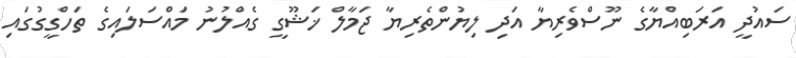
ސައުދީ އަރަބިއްޔާގެ ނޫސްވެރިޔާ އަދި ލިޔުންތެރިޔާ ޖަމާލް ޚަޝޫގީ ގެއްލުނު މައްސަލައިގެ ތަހްގީގުގައި